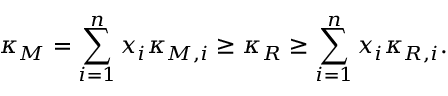
\kappa _ { M } = \sum _ { i = 1 } ^ { n } x _ { i } \kappa _ { M , i } \geq \kappa _ { R } \geq \sum _ { i = 1 } ^ { n } x _ { i } \kappa _ { R , i } .